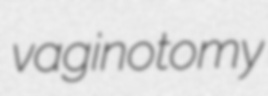
vaginotomy